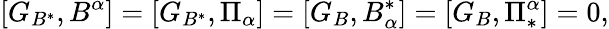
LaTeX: [G_{B^{\ast}},B^{\alpha}]=[G_{B^{\ast}},\Pi_{\alpha}]=[G_{B},B_{\alpha}^{\ast}]=[G_{B},\Pi_{\ast}^{\alpha}]=0,